Indian journal of veterinary science and animal husbandry - Volumes 22-23, 1952-1953
Year: 1952
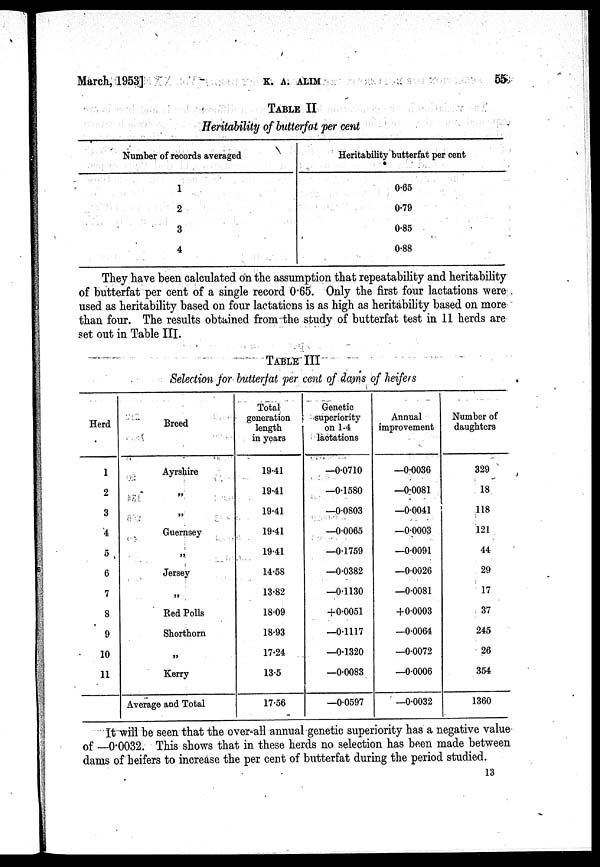
March, 1953]
K.
A.
ALIM
55
TABLE II
Heritability of butterfat per cent
Number of records averaged
1
2
3
4
Heritability butterfat per cent
0.65
0.79
0.85
0.88
They have been calculated on the assumption that repeatability and heritability
of butterfat per cent of a single record 0.65. Only the first four lactations were
used as heritability based on four lactations is as high as heritability based on more
than four. The results obtained from the study of butterfat test in 11 herds are
set out in Table III.
TABLE III
Selection for butterfat per cent of dams of heifers
Herd
1
2
3
4
5
6
7
8
9
10
11
Breed
Ayrshire
„
„
Guernsey
„
Jersey
„
Red Polls
Shorthorn
„
Kerry
Average and Total
Total
generation
length
in years
19.41
19.41
19.41
19.41
19.41
14.58
13.82
18.09
18.93
17.24
13.5
17.56
Genetic
superiority
on 1-4
lactations
—0.0710
—0.1580
—0.0803
—0.0065
—0.1759
—0.0382
—0.1130
+0.0051
—0.1117
—0.1320
—0.0083
—0.0597
Annual
improvement
—0.0036
—0.0081
—0.0041
—0.0003
—0.0091
—0.0026
—0.0081
+0.0003
—0.0064
—0.0072
—0.0006
—0.0032
Number of
daughters
329
18
118
121
44
29
17
37
245
26
354
1360
It will be seen that the over-all annual genetic superiority has a negative value
of —0.0032. This shows that in these herds no selection has been made between
dams of heifers to increase the per cent of butterfat during the period studied.
13